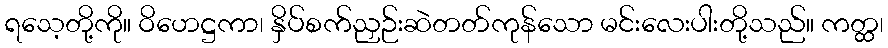
ရသေ့တို့ကို။ ဝိဟေဋ္ဌကာ၊ နှိပ်စက်ညှဉ်းဆဲတတ်ကုန်သော မင်းလေးပါးတို့သည်။ ကတ္ထ၊